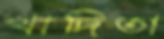
খাদিতা